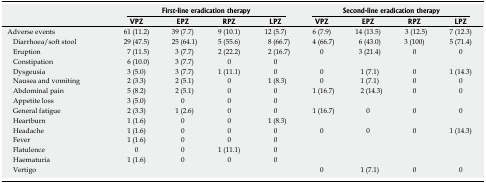
| <ROWSPAN=2>  | <COLSPAN=4> First-line eradication therapy | <COLSPAN=4> Second-line eradication therapy |
 | VPZ | EPZ | RPZ | LPZ | VPZ | EPZ | RPZ | LPZ |
 | --- | --- | --- | --- | --- | --- | --- | --- | --- |
 | Adverse events | 61 (11.2) | 39 (7.7) | 9 (10.1) | 12 (5.7) | 6 (7.9) | 14 (13.5) | 3 (12.5) | 7 (12.3) |
 | Diarrhoea/soft stool | 29 (47.5) | 25 (64.1) | 5 (55.6) | 8 (66.7) | 4 (66.7) | 6 (43.0) | 3 (100) | 5 (71.4) |
 | Eruption | 7 (11.5) | 3 (7.7) | 2 (22.2) | 2 (16.7) | 0 | 3 (21.4) | 0 | 0 |
 | Constipation | 6 (10.0) | 3 (7.7) | 0 | 0 |  |  |  |  |
 | Dysgeusia | 3 (5.0) | 3 (7.7) | 1 (11.1) | 0 | 0 | 1 (7.1) | 0 | 1 (14.3) |
 | Nausea and vomiting | 2 (3.3) | 2 (5.1) | 0 | 1 (8.3) | 0 | 1 (7.1) | 0 | 0 |
 | Abdominal pain | 5 (8.2) | 2 (5.1) | 0 | 0 | 1 (16.7) | 2 (14.3) | 0 | 0 |
 | Appetite loss | 3 (5.0) | 0 | 0 | 0 |  |  |  |  |
 | General fatigue | 2 (3.3) | 1 (2.6) | 0 | 0 | 1 (16.7) | 0 | 0 | 0 |
 | Heartburn | 1 (1.6) | 0 | 0 | 1 (8.3) |  |  |  |  |
 | Headache | 1 (1.6) | 0 | 0 | 0 | 0 | 0 | 0 | 1 (14.3) |
 | Fever | 1 (1.6) | 0 | 0 | 0 |  |  |  |  |
 | Flatulence | 0 | 0 | 1 (11.1) | 0 |  |  |  |  |
 | Haematuria | 1 (1.6) | 0 | 0 | 0 |  |  |  |  |
 | Vertigo |  |  |  |  | 0 | 1 (7.1) | 0 | 0 |